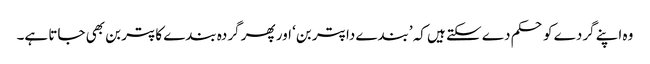
وہ اپنے گردے کو حکم دے سکتے ہیں کہ ’بندے دا پتر بن‘ اور پھر گردہ بندے کا پتر بن بھی جاتا ہے۔